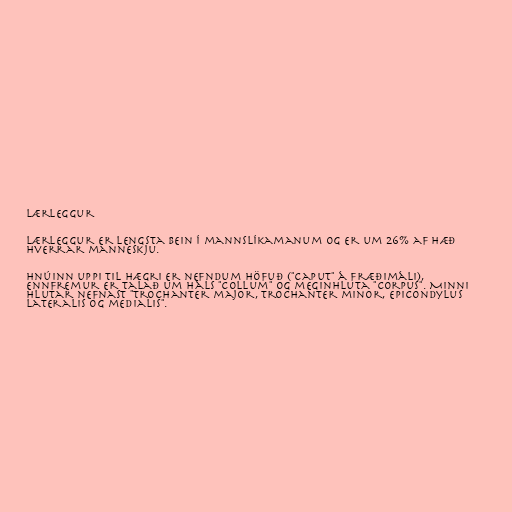
Lærleggur

Lærleggur er lengsta bein í mannslíkamanum og er um 26% af hæð
hverrar manneskju.

Hnúinn uppi til hægri er nefndum höfuð ("caput" á fræðimáli),
ennfremur er talað um háls "collum" og meginhluta "corpus". Minni
hlutar nefnast "trochanter major, trochanter minor, epicondylus
lateralis og medialis".